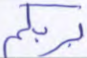
بربكم